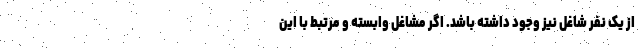
از یک نفر شاغل نیز وجود داشته باشد. اگر مشاغل وابسته و مرتبط با این